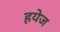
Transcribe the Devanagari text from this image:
हयेज